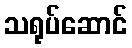
သရုပ်ဆောင်